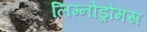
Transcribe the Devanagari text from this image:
लिम्नोड्रोमस